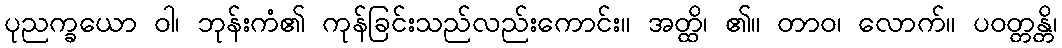
ပုညက္ခယော ဝါ၊ ဘုန်းကံ၏ ကုန်ခြင်းသည်လည်းကောင်း။ အတ္ထိ၊ ၏။ တာဝ၊ လောက်။ ပဝတ္တန္တိ၊